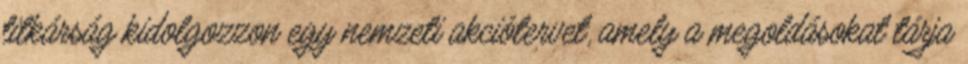
titkárság kidolgozzon egy nemzeti akciótervet, amely a megoldásokat tárja